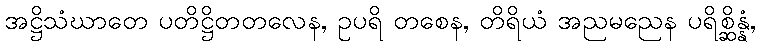
အဋ္ဌိသံဃာတေ ပတိဋ္ဌိတတလေန, ဥပရိ တစေန, တိရိယံ အညမညေန ပရိစ္ဆိန္နံ,